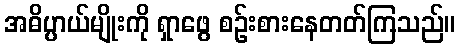
အဓိပ္ပာယ်မျိုးကို ရှာဖွေ စဉ်းစားနေတတ်ကြသည်။